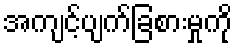
အကျင့်ပျက်ခြစားမှုကို